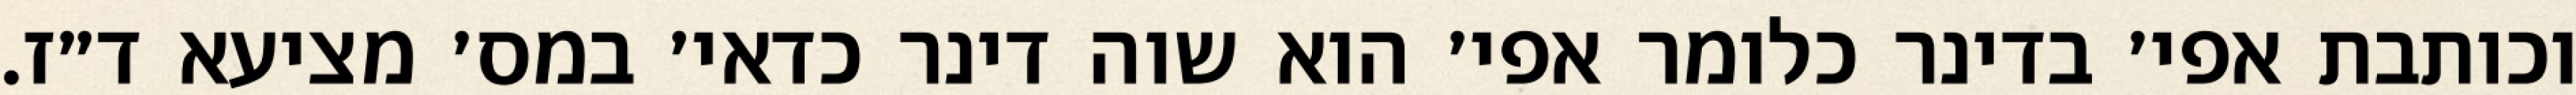
וכותבת אפי׳ בדינר כלומר אפי׳ הוא שוה דינר כדאי׳ במס׳ מציעא ד״ז.